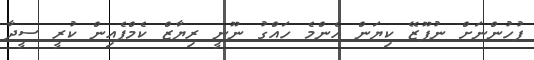
ފުހުންނަށް ނުފޫޒޭ ކިޔަން އެންމެ ހައްގު ނޫނީ ރިޔާޒް ކެމްޕެއިން ކުރީ ސީދާ